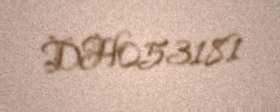
DH053181